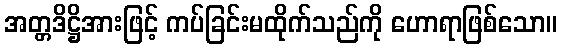
အတ္တဒိဋ္ဌိအားဖြင့် ကပ်ခြင်းမထိုက်သည်ကို ဟောရာဖြစ်သော။